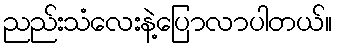
ညည်းသံလေးနဲ့ပြောလာပါတယ်။